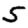
Digit: 5